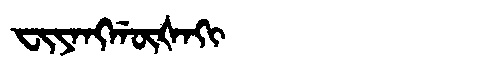
Manchu: ᠸᡳᠶᠠᠩᡤᡡᡧᠠᡴᡳ
Romanization: FIYANGGŪŠAKI